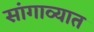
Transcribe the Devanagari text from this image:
सांगाव्यात